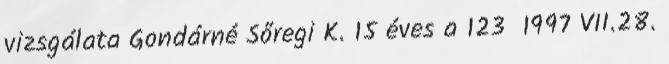
vizsgálata Gondárné Sőregi K. 15 éves a 123 1997 VII.28.